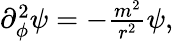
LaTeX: \begin{array}{r}{\partial_{\phi}^{2}\psi=-\frac{m^{2}}{r^{2}}\psi,}\end{array}